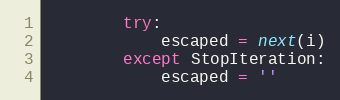
Language: Python
        try:
            escaped = next(i)
        except StopIteration:
            escaped = ''